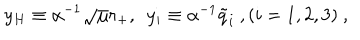
LaTeX: y _ { H } \equiv \alpha ^ { - 1 } \sqrt { \mu } r _ { + } , \ \ y _ { i } \equiv \alpha ^ { - 1 } { { \tilde { q } } _ { i } } \ , ( i = 1 , 2 , 3 ) \ ,